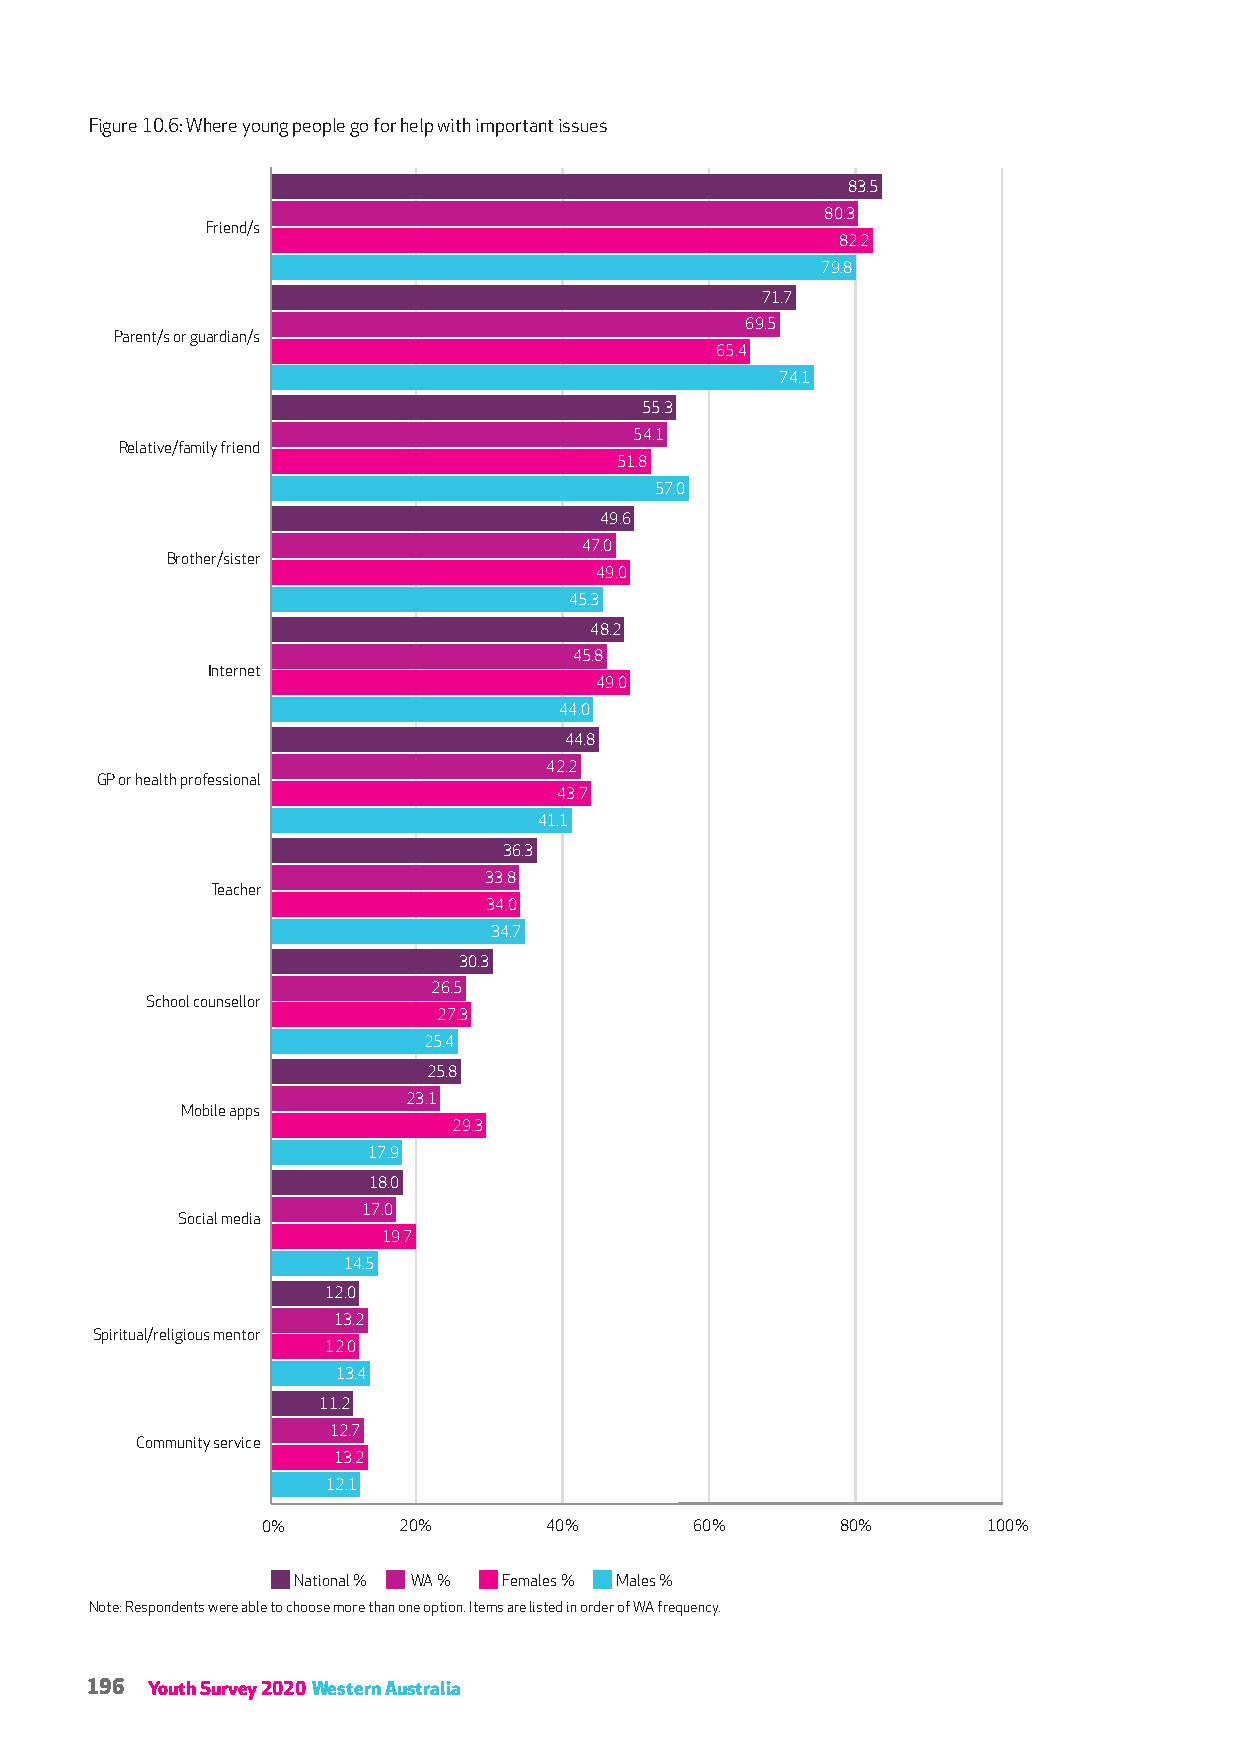
Figure 10.6: Where young people go for help with important issues
 83.5
 80.3
 Friend/s
 82.2
 79.8
 71.7
 69.5
 Parent/s or guardian/s
 65.4
 74.1
 55.3
 54.1
 Relative/family friend
 51.8
 57.0
 49.6
 47.0
 Brother/sister
 49.0
 45.3
 48.2
 45.8
 Internet
 49.0
 44.0
 44.8
 42.2
 GP or health professional
 43.7
 41.1
 36.3
 33.8
 Teacher
 34.0
 34.7
 30.3
 26.5
 School counsellor
 27.3
 25.4
 25.8
 23.1
 Mobile apps
 29.3
 17.9
 18.0
 17.0
 Social media
 19.7
 14.5
 12.0
 13.2
 Spiritual/religious mentor
 12.0
 13.4
 11.2
 12.7
 Community service
 13.2
 12.1
 0%       20%       40%       60%       80%      100%
 National % WA % Females % Males %
 Note: Respondents were able to choose more than one option. Items are listed in order of WA frequency.
 196 Youth Survey 2020 Western Australia